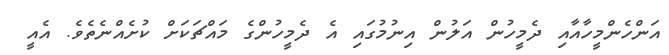
އަންހެންމީހާއާއި ދެމީހުން އަލުން އިނުމުގައި އެ ދެމީހުންގެ މައްޗަކަށް ކުށެއްނެތެވެ. އެއީ